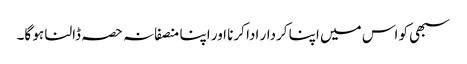
سبھی کو اس میں اپنا کردار ادا کرنا اور اپنا منصفانہ حصہ ڈالنا ہو گا۔